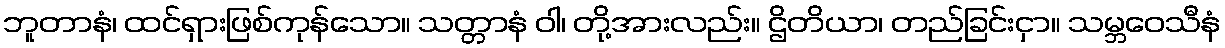
ဘူတာနံ၊ ထင်ရှားဖြစ်ကုန်သော။ သတ္တာနံ ဝါ၊ တို့အားလည်း။ ဌိတိယာ၊ တည်ခြင်းငှာ။ သမ္ဘဝေသီနံ